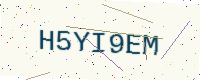
Text: H5YI9EM